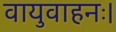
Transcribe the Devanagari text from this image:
वायुवाहनः।